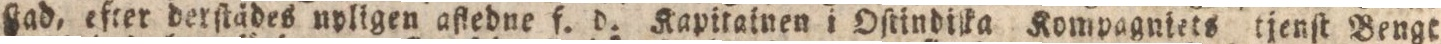
ſtad, efter derſtädes upligen aftedne f. d. Kapitainen i Oſtindika Kompagniets tjenſt Bengt